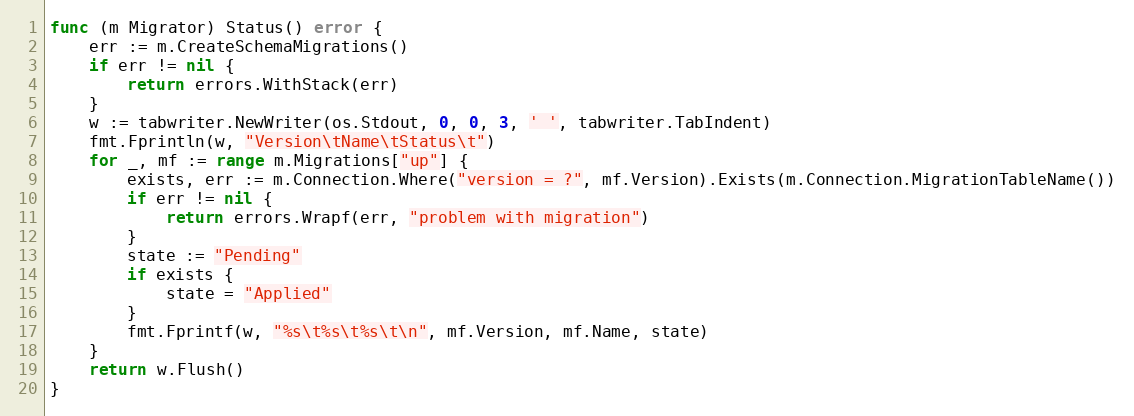
Language: Go
func (m Migrator) Status() error {
	err := m.CreateSchemaMigrations()
	if err != nil {
		return errors.WithStack(err)
	}
	w := tabwriter.NewWriter(os.Stdout, 0, 0, 3, ' ', tabwriter.TabIndent)
	fmt.Fprintln(w, "Version\tName\tStatus\t")
	for _, mf := range m.Migrations["up"] {
		exists, err := m.Connection.Where("version = ?", mf.Version).Exists(m.Connection.MigrationTableName())
		if err != nil {
			return errors.Wrapf(err, "problem with migration")
		}
		state := "Pending"
		if exists {
			state = "Applied"
		}
		fmt.Fprintf(w, "%s\t%s\t%s\t\n", mf.Version, mf.Name, state)
	}
	return w.Flush()
}